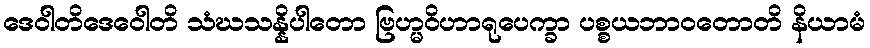
ဒေဝါတိဒေဝေါတိ သံဃသန္နိပါတော ဗြဟ္မဝိဟာရုပေက္ခာ ပစ္စယဘာဝတောတိ နိယာမံ